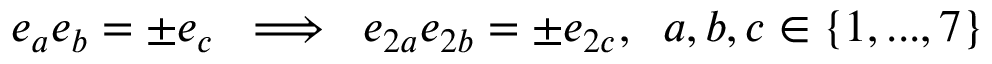
e _ { a } e _ { b } = \pm e _ { c } \; \; \Longrightarrow \; \; e _ { 2 a } e _ { 2 b } = \pm e _ { 2 c } , \; \; a , b , c \in \{ 1 , . . . , 7 \}